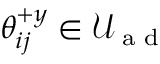
\mathcal { \theta } _ { i j } ^ { + y } \in \mathcal { U } _ { \textrm { a d } }